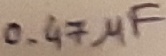
Text: 0.47µF